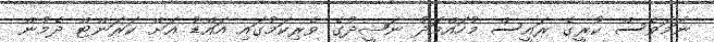
ނަމަވެސް ކުރީގެ ރައީސް މުހައްމަދު ނަޝީދުގެ ވެރިކަމުގައި އައްޑު އަށް ކަރަންޓް ދެމުން